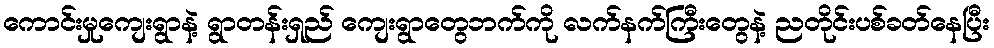
ကောင်းမှုကျေးရွာနဲ့ ရွာတန်းရှည် ကျေးရွာတွေဘက်ကို လက်နက်ကြီးတွေနဲ့ ညတိုင်းပစ်ခတ်နေပြီး